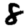
Digit: 8